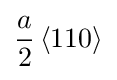
{\frac {a}{2}}\left\langle 110\right\rangle